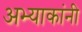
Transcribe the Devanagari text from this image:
अभ्याकांनी